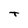
Character: T